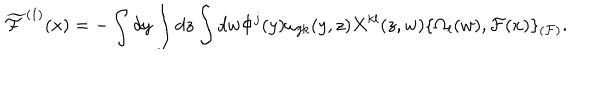
\widetilde { \cal F } ^ { ( 1 ) } ( x ) = - \int d y \int d z \int d w \Phi ^ { j } ( y ) \omega _ { j k } ( y , z ) X ^ { k l } ( z , w ) \{ \Omega _ { l } ( w ) , { \cal F } ( x ) \} _ { ( { \cal F } ) } .